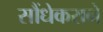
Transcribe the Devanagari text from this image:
सौंधेकराने